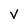
Character: V